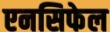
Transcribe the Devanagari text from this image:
एनसिफेल